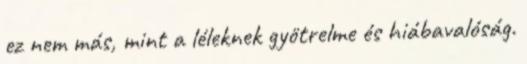
ez nem más, mint a léleknek gyötrelme és hiábavalóság.